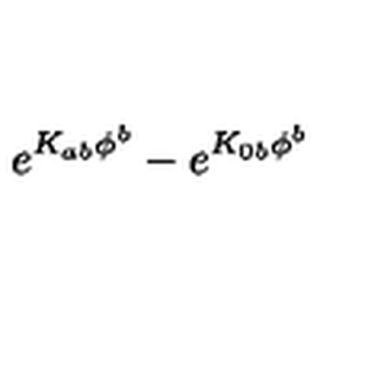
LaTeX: e ^ { K _ { a b } \phi ^ { b } } - e ^ { K _ { 0 b } \phi ^ { b } }